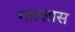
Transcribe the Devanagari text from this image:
गाल्लास